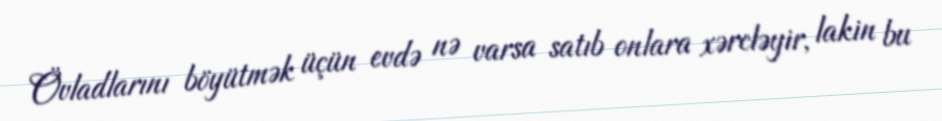
Övladlarını böyütmək üçün evdə nə varsa satıb onlara xərcləyir, lakin bu